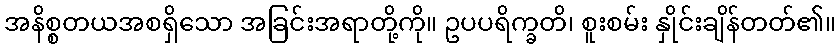
အနိစ္စတယအစရှိသော အခြင်းအရာတို့ကို။ ဥပပရိက္ခတိ၊ စူးစမ်း နှိုင်းချိန်တတ်၏။